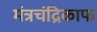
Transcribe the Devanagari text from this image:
मंत्रचंद्रिकाफ